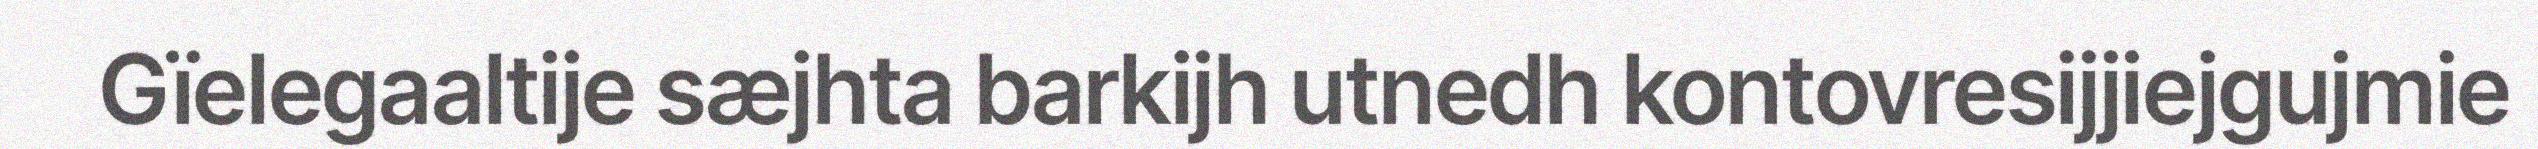
Gïelegaaltije sæjhta barkijh utnedh kontovresijjiejgujmie